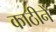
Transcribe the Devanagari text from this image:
काठीनें